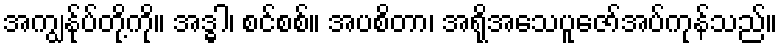
အကျွန်ုပ်တို့ကို။ အဒ္ဓါ၊ စင်စစ်။ အပစိတာ၊ အရိုအသေပူဇော်အပ်ကုန်သည်။